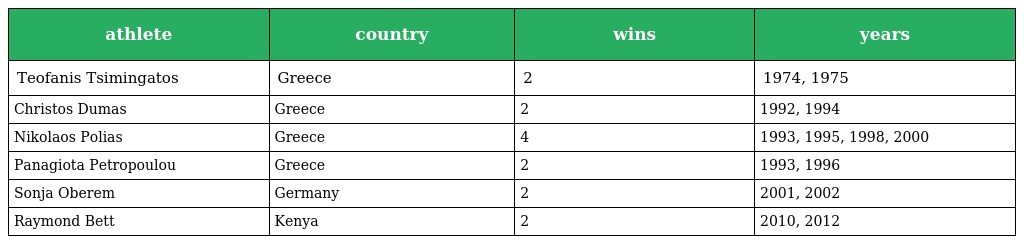
| athlete | country | wins | years |
 | --- | --- | --- | --- |
 | Teofanis Tsimingatos | Greece | 2 | 1974, 1975 |
 | Christos Dumas | Greece | 2 | 1992, 1994 |
 | Nikolaos Polias | Greece | 4 | 1993, 1995, 1998, 2000 |
 | Panagiota Petropoulou | Greece | 2 | 1993, 1996 |
 | Sonja Oberem | Germany | 2 | 2001, 2002 |
 | Raymond Bett | Kenya | 2 | 2010, 2012 |